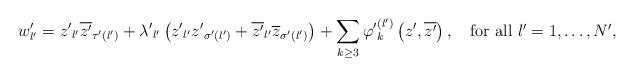
LaTeX: \begin{align*}w'_{l'}={z'}_{l'}\overline{{z'}}_{\tau'\left(l'\right)}+{\lambda'}_{l'}\left({z'}_{l'}{z'}_{\sigma'\left(l'\right)}+\overline{{z'}}_{l'}\overline{z}_{\sigma'\left(l'\right)}\right) +\displaystyle\sum _{k\geq3}{\varphi'}_{k}^{\left(l'\right)}\left(z',\overline{z'}\right),\quad\mbox{for all $l'=1,\dots,N'$,}\end{align*}